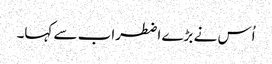
اُس نے بڑے اضطراب سے کہا۔